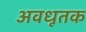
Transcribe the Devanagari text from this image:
अवधूतक